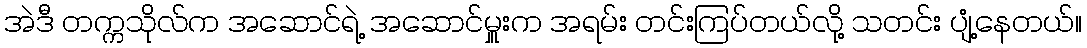
အဲဒီ တက္ကသိုလ်က အဆောင်ရဲ့ အဆောင်မှူးက အရမ်း တင်းကြပ်တယ်လို့ သတင်း ပျံ့နေတယ်။